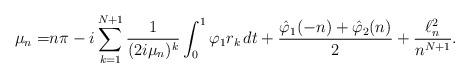
\begin{align*}\mu_n=& n\pi-i \sum_{k=1}^{N+1}\frac{1}{(2i\mu_n)^k}\int_0^1 \varphi_1r_k\,dt + \frac{\hat\varphi_1(-n)+\hat\varphi_2(n)}{2}+ \frac{\ell^2_n}{n^{N+1}}.\end{align*}